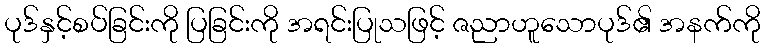
ပုဒ်နှင့်စပ်ခြင်းကို ပြခြင်းကို အရင်းပြုသဖြင့် ဇညာဟူသောပုဒ်၏ အနက်ကို